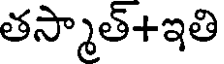
తస్మాత్+ఇతి